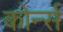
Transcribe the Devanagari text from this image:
कोर्न्स